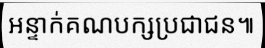
អន្ទាក់គណបក្សប្រជាជន៕